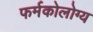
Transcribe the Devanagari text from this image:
फर्मकोलोग्य